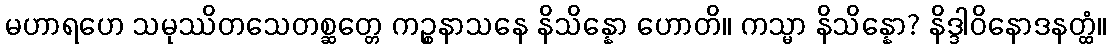
မဟာရဟေ သမုဿိတသေတစ္ဆတ္တေ ကဉ္စနာသနေ နိသိန္နော ဟောတိ။ ကသ္မာ နိသိန္နော? နိဒ္ဒါဝိနောဒနတ္ထံ။